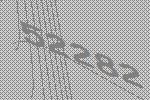
52282